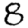
Digit: 8